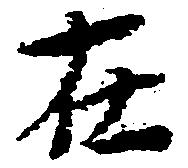
在